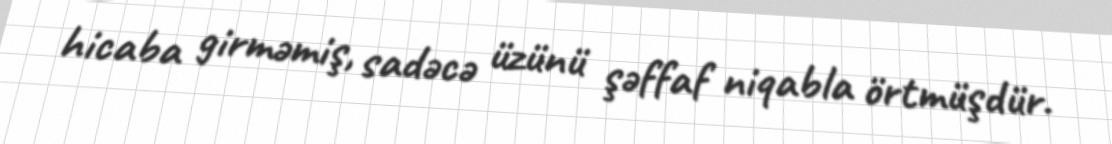
hicaba girməmiş, sadəcə üzünü şəffaf niqabla örtmüşdür.